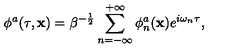
\phi ^ { a } ( \tau , { \bf x } ) = \beta ^ { - \frac { 1 } { 2 } } \sum _ { n = - \infty } ^ { + \infty } \phi _ { n } ^ { a } ( { \bf x } ) e ^ { i \omega _ { n } \tau } ,